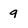
Character: g